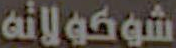
شوكولاته